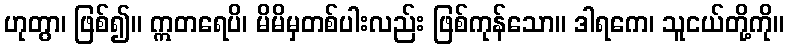
ဟုတွာ၊ ဖြစ်၍။ ဣတရေပိ၊ မိမိမှတစ်ပါးလည်း ဖြစ်ကုန်သော။ ဒါရကေ၊ သူငယ်တို့ကို။